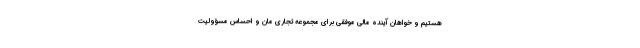
هستیم و خواهان آینده مالی موفقی برای مجموعه تجاری مان و احساس مسؤولیت